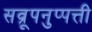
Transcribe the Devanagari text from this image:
सव्रूपनुप्पत्ती